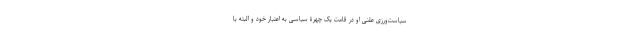
سیاست‌ورزی علنی او در قامت یک چهرۀ سیاسی به اعتبار خود و البته با